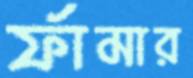
র্ফামার